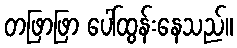
တဖြာဖြာ ပေါ်ထွန်းနေသည်။